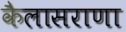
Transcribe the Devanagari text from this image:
कैलासराणा